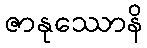
ဇာနုဿောနိ